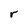
Character: r